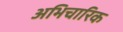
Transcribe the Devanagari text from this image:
अभिचारिक